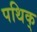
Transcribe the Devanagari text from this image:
पथिक्‌